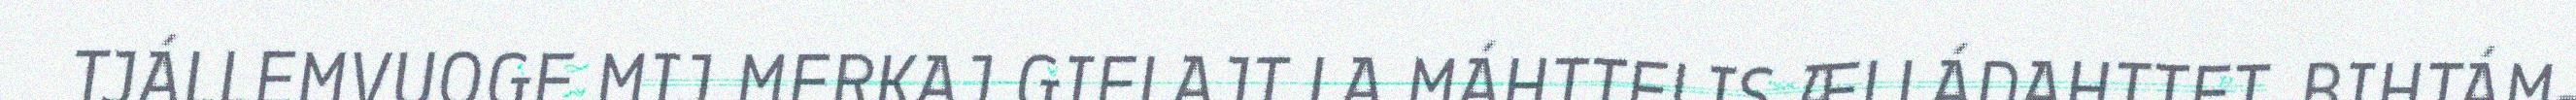
TJÁLLEMVUOGE MIJ MERKAJ GIELAJT LA MÁHTTELIS ÆLLÁDAHTTET. BIHTÁM-